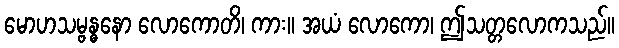
မောဟသမ္ဗန္ဓနော လောကောတိ၊ ကား။ အယံ လောကော၊ ဤသတ္တလောကသည်။